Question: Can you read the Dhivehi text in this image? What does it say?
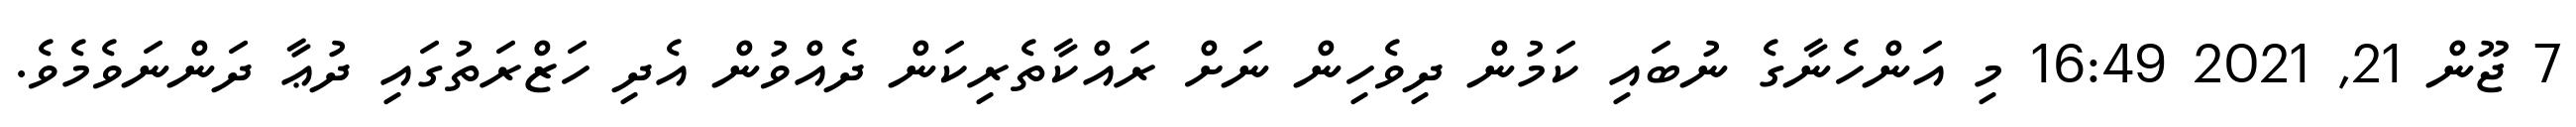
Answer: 7 ޖޫން 21, 2021 16:49 މި އަންހެނާގެ ނުބައި ކަމުން ދިވެހިން ނަށް ރައްކާތެރިކަން ދެއްވުން އެދި ހަޒްރަތުގައި ދުޢާ ދަންނަވެމެވެ.